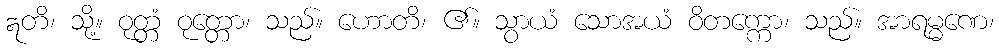
ဣတိ၊ သို့။ ဝုတ္တံ ဝုတ္တော၊ သည်။ ဟောတိ၊ ၏။ သွာယံ သောအယံ ဝိတက္ကော၊ သည်။ အာရမ္မဏေ၊